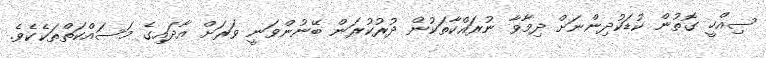
ސިއްހީ ގޮތުން ކުޑަކުދިންނަށް ދިމާވާ ނުރައްކާތަކުން ދުރުކުރަން ބޭނުންވަނީ ވަރަށް އާދައިގެ މަސައްކަތްތަކެކެވެ.